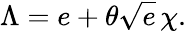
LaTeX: \Lambda{}=e+\theta{}\sqrt{e}\, \chi{}.